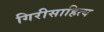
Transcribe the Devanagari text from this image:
गिरीसाहित्य